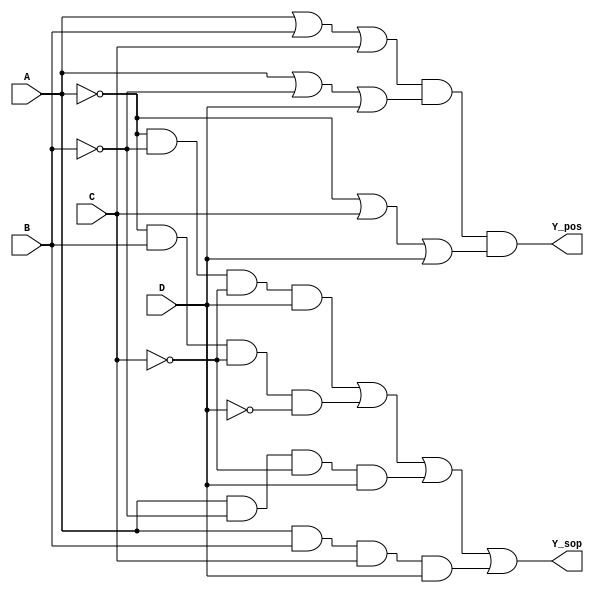
module combinational_logic (
    input wire A,
    input wire B,
    input wire C,
    input wire D,
    output wire Y_sop, // Output for SOP implementation
    output wire Y_pos  // Output for POS implementation
);

// -----------------------------------------------------
// Sum of Products (SOP) Implementation
// Example function: Y = A'B'C'D + A'BC'D' + AB'C'D + ABCD
// Minterms: 0, 2, 4, 8 (using K-map for minimization)
assign Y_sop = (~A & ~B & ~C & D) | (~A & B & ~C & ~D) | (A & ~B & ~C & D) | (A & B & C & D);

// -----------------------------------------------------
// Product of Sums (POS) Implementation
// Example function: Y = (A + B + C)(A + B' + D)(A' + C + D)
// Maxterms: 1, 3, 5, 7, 9, 11, 13, 15 (using K-map for minimization)
assign Y_pos = (A | B | C) & (A | ~B | D) & (~A | C | D);

endmodule